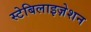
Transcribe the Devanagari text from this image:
स्टेबिलाइज़ेशन